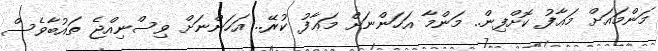
މަންމައަށް މަޢާފު ކޮށްފިން.. މަންމާ އަހަންނަށް މަޢާފު ކުރޭ.. އަހަންނަށް ވިސްނިއްޖެ ތައުބާވެސް